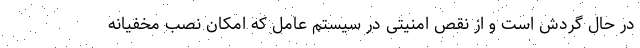
در حال گردش است و از نقص امنیتی در سیستم عامل که امکان نصب مخفیانه